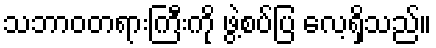
သဘာဝတရားကြီးကို ဖွဲ့စပ်ပြ လေ့ရှိသည်။